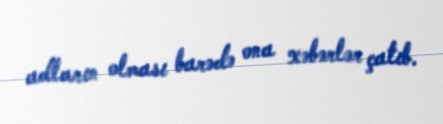
adların olması barədə ona xəbərlər çatıb.